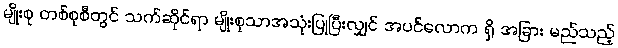
မျိုးစု တစ်စုစီတွင် သက်ဆိုင်ရာ မျိုးစုသာအသုံးပြုပြီးလျှင် အပင်လောက ရှိ အခြား မည်သည့်